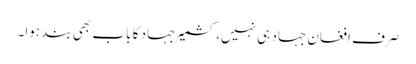
صرف افغان جہاد ہی نہیں، کشمیر جہاد کا باب بھی بند ہوا۔